Malaria in the Duars
Disease focus: Malaria
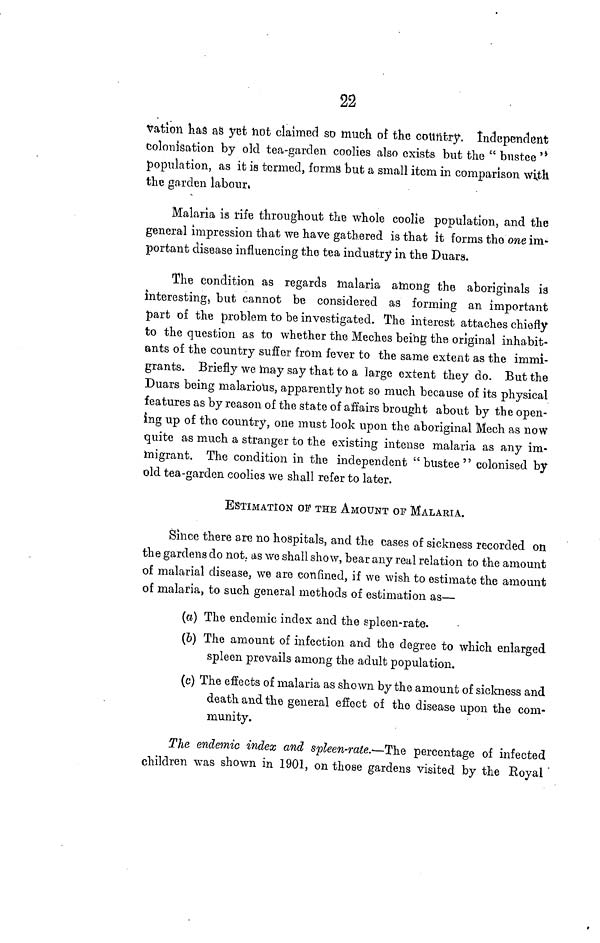
22
vation has as yet not claimed so much of the country. Independent
colonisation by old tea-garden coolies also exists but the " bustee "
population, as it is termed, forms but a small item in comparison with
the garden labour,
Malaria is rife throughout the whole coolie population, and the
general impression that we have gathered is that it forms the one im-
portant disease influencing the tea industry in the Duars.
The condition as regards malaria among the aboriginals is
interesting, but cannot be considered as forming an important
part of the problem to be investigated. The interest attaches chiefly
to the question as to whether the Meches being the original inhabit-
ants of the country suffer from fever to the same extent as the immi-
grants. Briefly we may say that to a large extent they do. But the
Duars being malarious, apparently not so much because of its physical
features as by reason of the state of affairs brought about by the open-
ing up of the country, one must look upon the aboriginal Mech as now
quite as much a stranger to the existing intense malaria as any im-
migrant. The condition in the independent " bustee " colonised by
old tea-garden coolies we shall refer to later.
ESTIMATION OF THE AMOUNT or MALARIA.
Since there are no hospitals, and the cases of sickness recorded on
the gardens do not. as we shall show, bear any real relation to the amount
of malarial disease, we are confined, if we wish to estimate the amount
of malaria, to such general methods of estimation as—
(a) The endemic index and the spleen-rate.
(b) The amount of infection and the degree to which enlarged
spleen prevails among the adult population.
(c) The effects of malaria as shown by the amount of sickness and
death and the general effect of the disease upon the com-
munity.
The endemic index and spleen-rate.—The percentage of infected
children was shown in 1901, on those gardens visited by the Royal